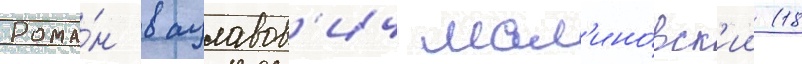
Рома́н вацлавов'ич мал'ино́вск'ии (18